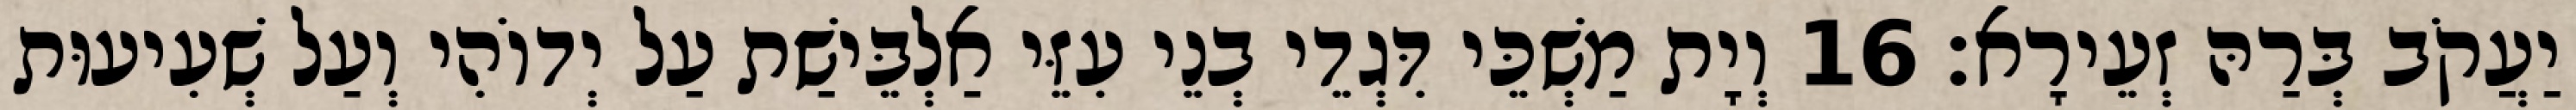
יַעֲקֹב בְּרַהּ זְעֵירָא׃ 16 וְיָת מַשְׁכֵּי דִּגְדֵי בְנֵי עִזֵּי אַלְבֵּישַׁת עַל יְדוֹהִי וְעַל שְׁעִיעוּת